Code of medical and sanitary regulations for the guidance of medical officers serving in the Madras Presidency - Volume II
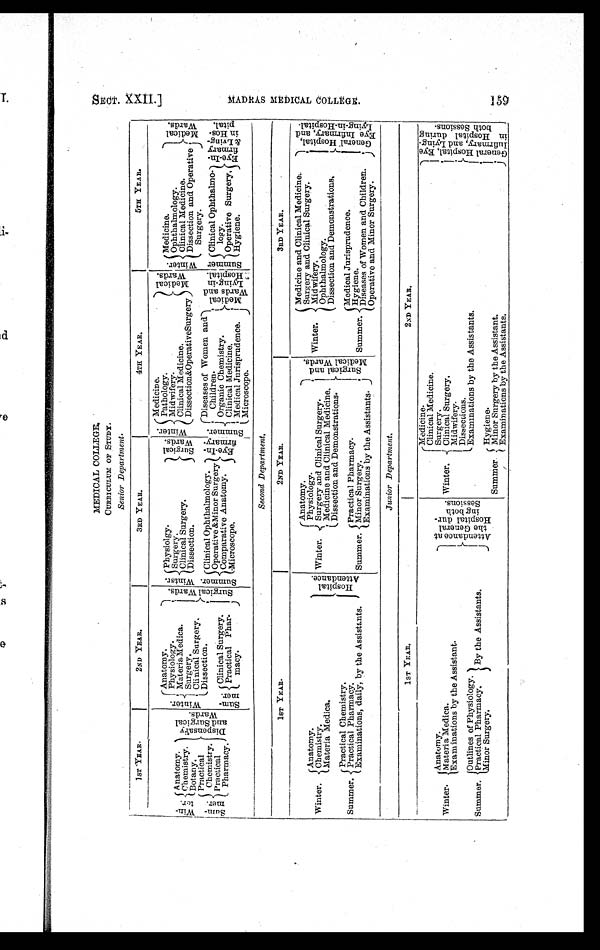
MEDICAL COLLEGE.
CURRICULUM OF STUDY.
Senior Department.
1 S T YEAR.
2ND YEAR.
3 R D Y E A R .
4TH YEAR.
5TH YEAR.
W i n t e r . Medicine.
M e d i c a l W a r d s .
W i n t e r .
Anatomy.
S u r g i c a l W a r d s . W i n t e r . Physiolgy.
S u r g i c a l W a r d s .
Pathology.
Wi nt e r . Medicine.
M e d i c a l W a r d s .
Win-ter.
Anatomy. D i s p e n s a r y a n d S u r g i c a l W a r d s .
Physiology.
Midwifery.
Ophthalmology.
Surgery.
Clinical Medicine.
Materia Medica.
Clinical Surgery.
Clinical Medicine.
Chemistry.
Dissection & Operative Surgery
Surgery.
Dissection and Operative
Surgery.
Dissection.
Botany.
Clinical
Surgery.
Sum- mer.
Practical
Chemistry.
S u m m e r . Clinical Ophthalmology.
E y e - I n - f i r m a r y . S u m m e r . Diseases of Women and
Children.
M e d i c a l W a r d s a n d I y i n g - i n H o s p i t a l .
Dissection.
Operative &Minor Surgery
Su mme r . Clinical Ophthalmo-
logy.
E y e - I n - f i r m a r y & L i v i n g i n H o s p i t a l .
Practical
Pharmacy.
S u m m e r .
Comparative Anatomy.
i
Organic Chemistry.
Microscope.
Clinical Medicine.
Operative Surgery,
Clinical Surgery.
Practical Phar-
macy.
Hygiene.
Medical Jurisprudence.
Microscope.
S e c o n d D e p a r t m e n t .
1ST YEAR.
2ND YEAR.
3RD YEAR.
Anatomy.
S u r g i c a l a n d M e d i c a l W a r d s .
Winter.
Medicine and Clinical Medicine.
G e n e r a l H o s p i t a l , E y e I n f i r m a r y , a n d L y i n g - i n - H o s p i t a l .
Surgery and Clinical Surgery.
Winter.
Anatomy.
H o s p i t a l A t t e n d a n c e . Winter.
Physiology.
Midwifery.
Chemistry.
Surgery and Clinical Surgery.
Ophthalmology.
Materia Medica.
Medicine and Clinical Medicine.
Dissection and Demonstrations.
Dissection and Demonstrations.
Summer.
Practical Chemistry.
Summer.
Practical Pharmacy.
Summer.
Medical Jurisprudence.
Practical Pharmacy.
Hygiene.
Minor Surgery.
Examinations, daily, by the Assistants.
Diseases of Women and Children.
Examinations by the Assistants.
Operative and Minor Surgery.
J u n i o r D e p a r t m e n t .
1 S T Y E A R .
2ND YEAR.
Winter.
Medicine.
G e n e r a l H o s p i t a l , E y e I n f i r m a r y , a n d L y i n g - i n H o s p i t a l d u r i n g b o t h S e s s i o n s .
Clinical Medicine.
Anatomy.
A t t e n d a n c e a t t h e G e n e r a l H o s p i t a l d u r - i n g b o t h S e s s i o n s .
Surgery.
Winter. Materia Medica.
Clinical Surgery.
Examinations by the Assistant.
M i d w i f e r y .
Dissections.
Summer.
Outlines of Physiology. By the Assistants.
Examinations by the Assistants.
Practical Pharmacy.
Summer.
Hygiene.
Minor Surgery.
Minor Surgery by the Assistant.
Examinations by the Assistants.
S E C T . X X I I . ]
M A D R A S M E D I C A L C O L L E G E .
159